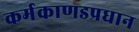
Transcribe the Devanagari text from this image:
कर्मकाणडप्रधान